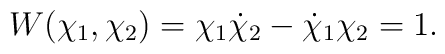
W(\chi_1,\chi_2) = \chi_1\dot{\chi}_2-\dot{\chi}_1\chi_2 = 1.